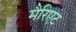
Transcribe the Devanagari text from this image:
मैरिएट